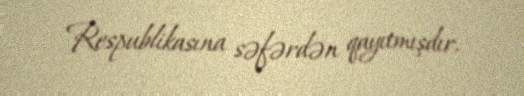
Respublikasına səfərdən qayıtmışdır.